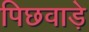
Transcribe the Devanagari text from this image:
पिछवाडे़